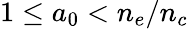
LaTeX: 1\leq a_{0}<n_{e}/n_{c}